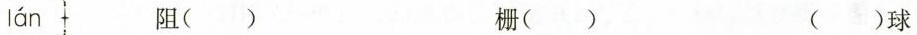
lán 阻( ) 栅( ) ( )球